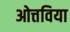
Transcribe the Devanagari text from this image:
ओत्तविया